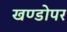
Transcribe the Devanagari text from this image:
खण्डोपर